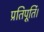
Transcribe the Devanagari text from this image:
प्रतिपूर्ति।